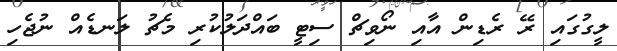
ލީގުގައި ރޭ ރެޑިން އާއި ނޯވިޗް ސިޓީ ބައްދަލުކުރި މެޗު ލަނޑެއް ނުޖެހި